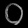
Digit: ၀